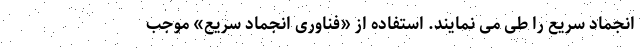
انجماد سریع را طی می نمایند. استفاده از «فناوری انجماد سریع» موجب